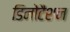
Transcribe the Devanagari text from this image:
डिनोटैशन